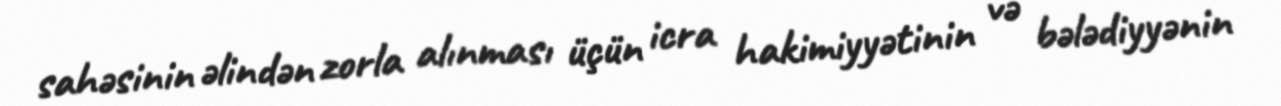
sahəsinin əlindən zorla alınması üçün icra hakimiyyətinin və bələdiyyənin